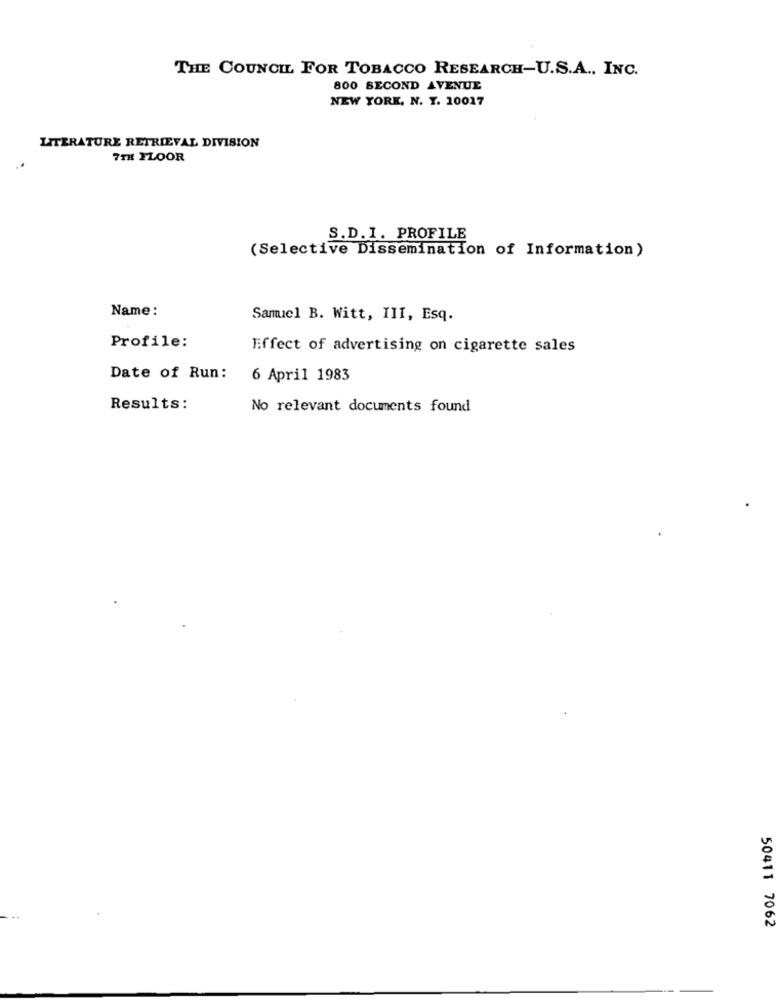
THE COUNCIL FOR TOBACCO RESEARCH-U.S.A ., INC.
800 SECOND AVENUE
NEW YORK, N. Y. 10017
LITERATURE RETRIEVAL DIVISION
7TH FLOOR
S.D. I. PROFILE
(Selective Dissemination of Information)
Name:
Samuel B. Witt, III, Esq.
Profile:
Effect of advertising on cigarette sales
Date of Run:
6 April 1983
Results:
No relevant documents found
50411 7062